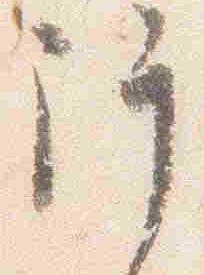
許